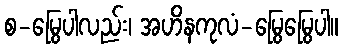
စ-မြွေပါလည်း၊ အဟိနကုလံ-မြွေမြွေပါ။